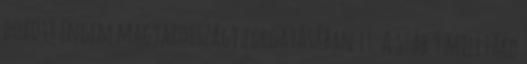
dobott engem magyarországi forgatásában is. A stáb 9 milliárd